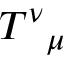
T ^ { \nu } { } _ { \mu }